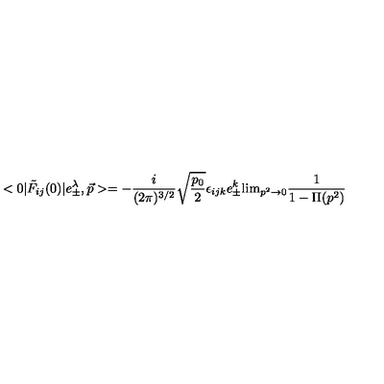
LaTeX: < 0 | \tilde { F } _ { i j } ( 0 ) | e _ { \pm } ^ { \lambda } , { \vec { p } } > = - { \frac { i } { ( 2 \pi ) ^ { 3 / 2 } } } \sqrt { \frac { p _ { 0 } } { 2 } } \epsilon _ { i j k } e _ { \pm } ^ { k } \mathrm { l i m } _ { p ^ { 2 } \rightarrow 0 } { \frac { 1 } { 1 - \Pi ( p ^ { 2 } ) } }